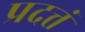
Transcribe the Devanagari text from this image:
प्रदत्तं